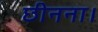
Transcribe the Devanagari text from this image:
छीनना।